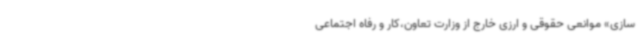
‌سازی» موانعی حقوقی و ارزی خارج از وزارت تعاون،کار و رفاه اجتماعی